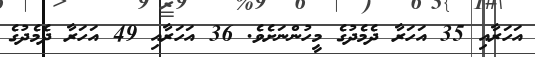
އަހަރާއި 35 އަހަރާ ދެމެދުގެ މީހުންނަށެވެ. 36 އަހަރާއި 49 އަހަރާ ދެމެދުގެ